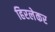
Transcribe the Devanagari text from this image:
हिरलेकर